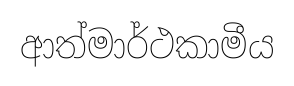
ආත්මාර්ථකාමීය